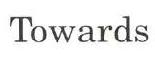
Towards